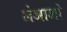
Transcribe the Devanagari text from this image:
लेआओ